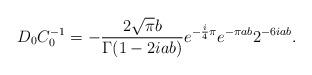
LaTeX: \begin{align*} D_0C_0^{-1}=-\frac{2\sqrt{\pi}b}{\Gamma(1-2iab)}e^{-\frac{i}{4}\pi}e^{-\pi ab}2^{-6iab}.\end{align*}